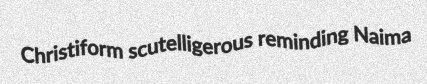
Christiform scutelligerous reminding Naima